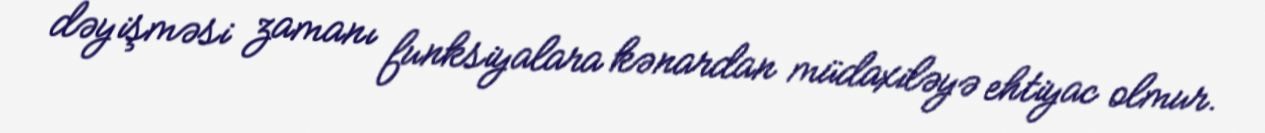
dəyişməsi zamanı funksiyalara kənardan müdaxiləyə ehtiyac olmur.